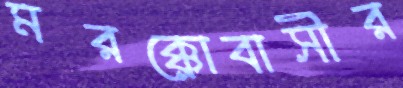
মরক্কোবাসীর